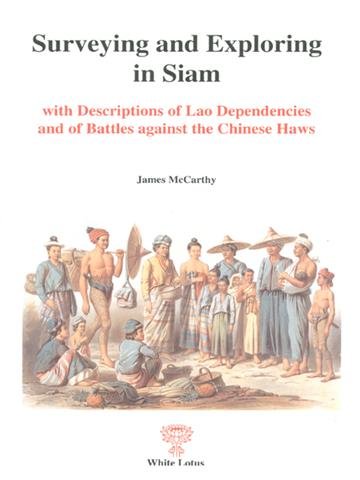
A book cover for Surveying and Exploring in Siam, with Descriptions of Lao Dependencies and Battles against the Chinese Haws (Reprints); James McCarthy; Travel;